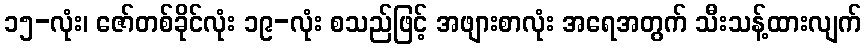
၁၅-လုံး၊ ဇော်တစ်ခိုင်လုံး ၁၉-လုံး စသည်ဖြင့် အဖျားစာလုံး အရေအတွက် သီးသန့်ထားလျက်